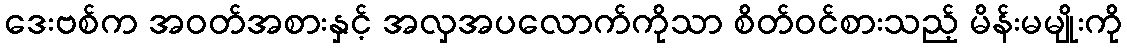
ဒေးဗစ်က အဝတ်အစားနှင့် အလှအပလောက်ကိုသာ စိတ်ဝင်စားသည့် မိန်းမမျိုးကို